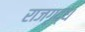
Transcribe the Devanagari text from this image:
राजगृद्ध